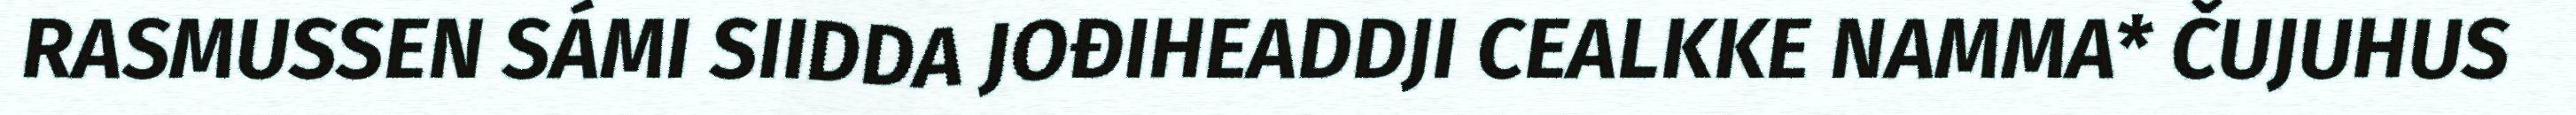
RASMUSSEN SÁMI SIIDDA JOĐIHEADDJI CEALKKE NAMMA* ČUJUHUS